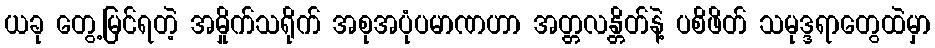
ယခု တွေ့မြင်ရတဲ့ အမှိုက်သရိုက် အစုအပုံပမာဏဟာ အတ္တလန္တိတ်နဲ့ ပစိဖိတ် သမုဒ္ဒရာတွေထဲမှာ